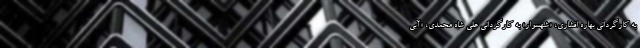
به کارگردانی بهاره افشاری، «شهسوار» به کارگردانی علی شاه محمدی، «آبی